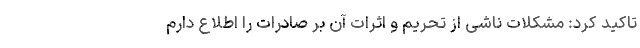
تاکید کرد: مشکلات ناشی از تحریم و اثرات آن بر صادرات را اطلاع دارم